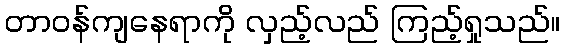
တာဝန်ကျနေရာကို လှည့်လည် ကြည့်ရှုသည်။